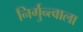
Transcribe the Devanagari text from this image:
निर्गुन्त्वाला